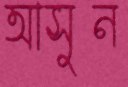
আসুন